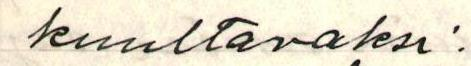
kuultavaksi.